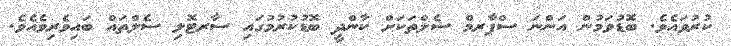
ކުރުވައެވެ. ބޮޑުވަމުން އަންނަ ސްޕާރމް ސެލްތަކަށް ކާންދީ ބޮޑުކުރުމުގައި ސާރޓޮލި ސެލްތައް ބައިވެރިވެއެވެ.